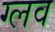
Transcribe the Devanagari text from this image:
ग्लव